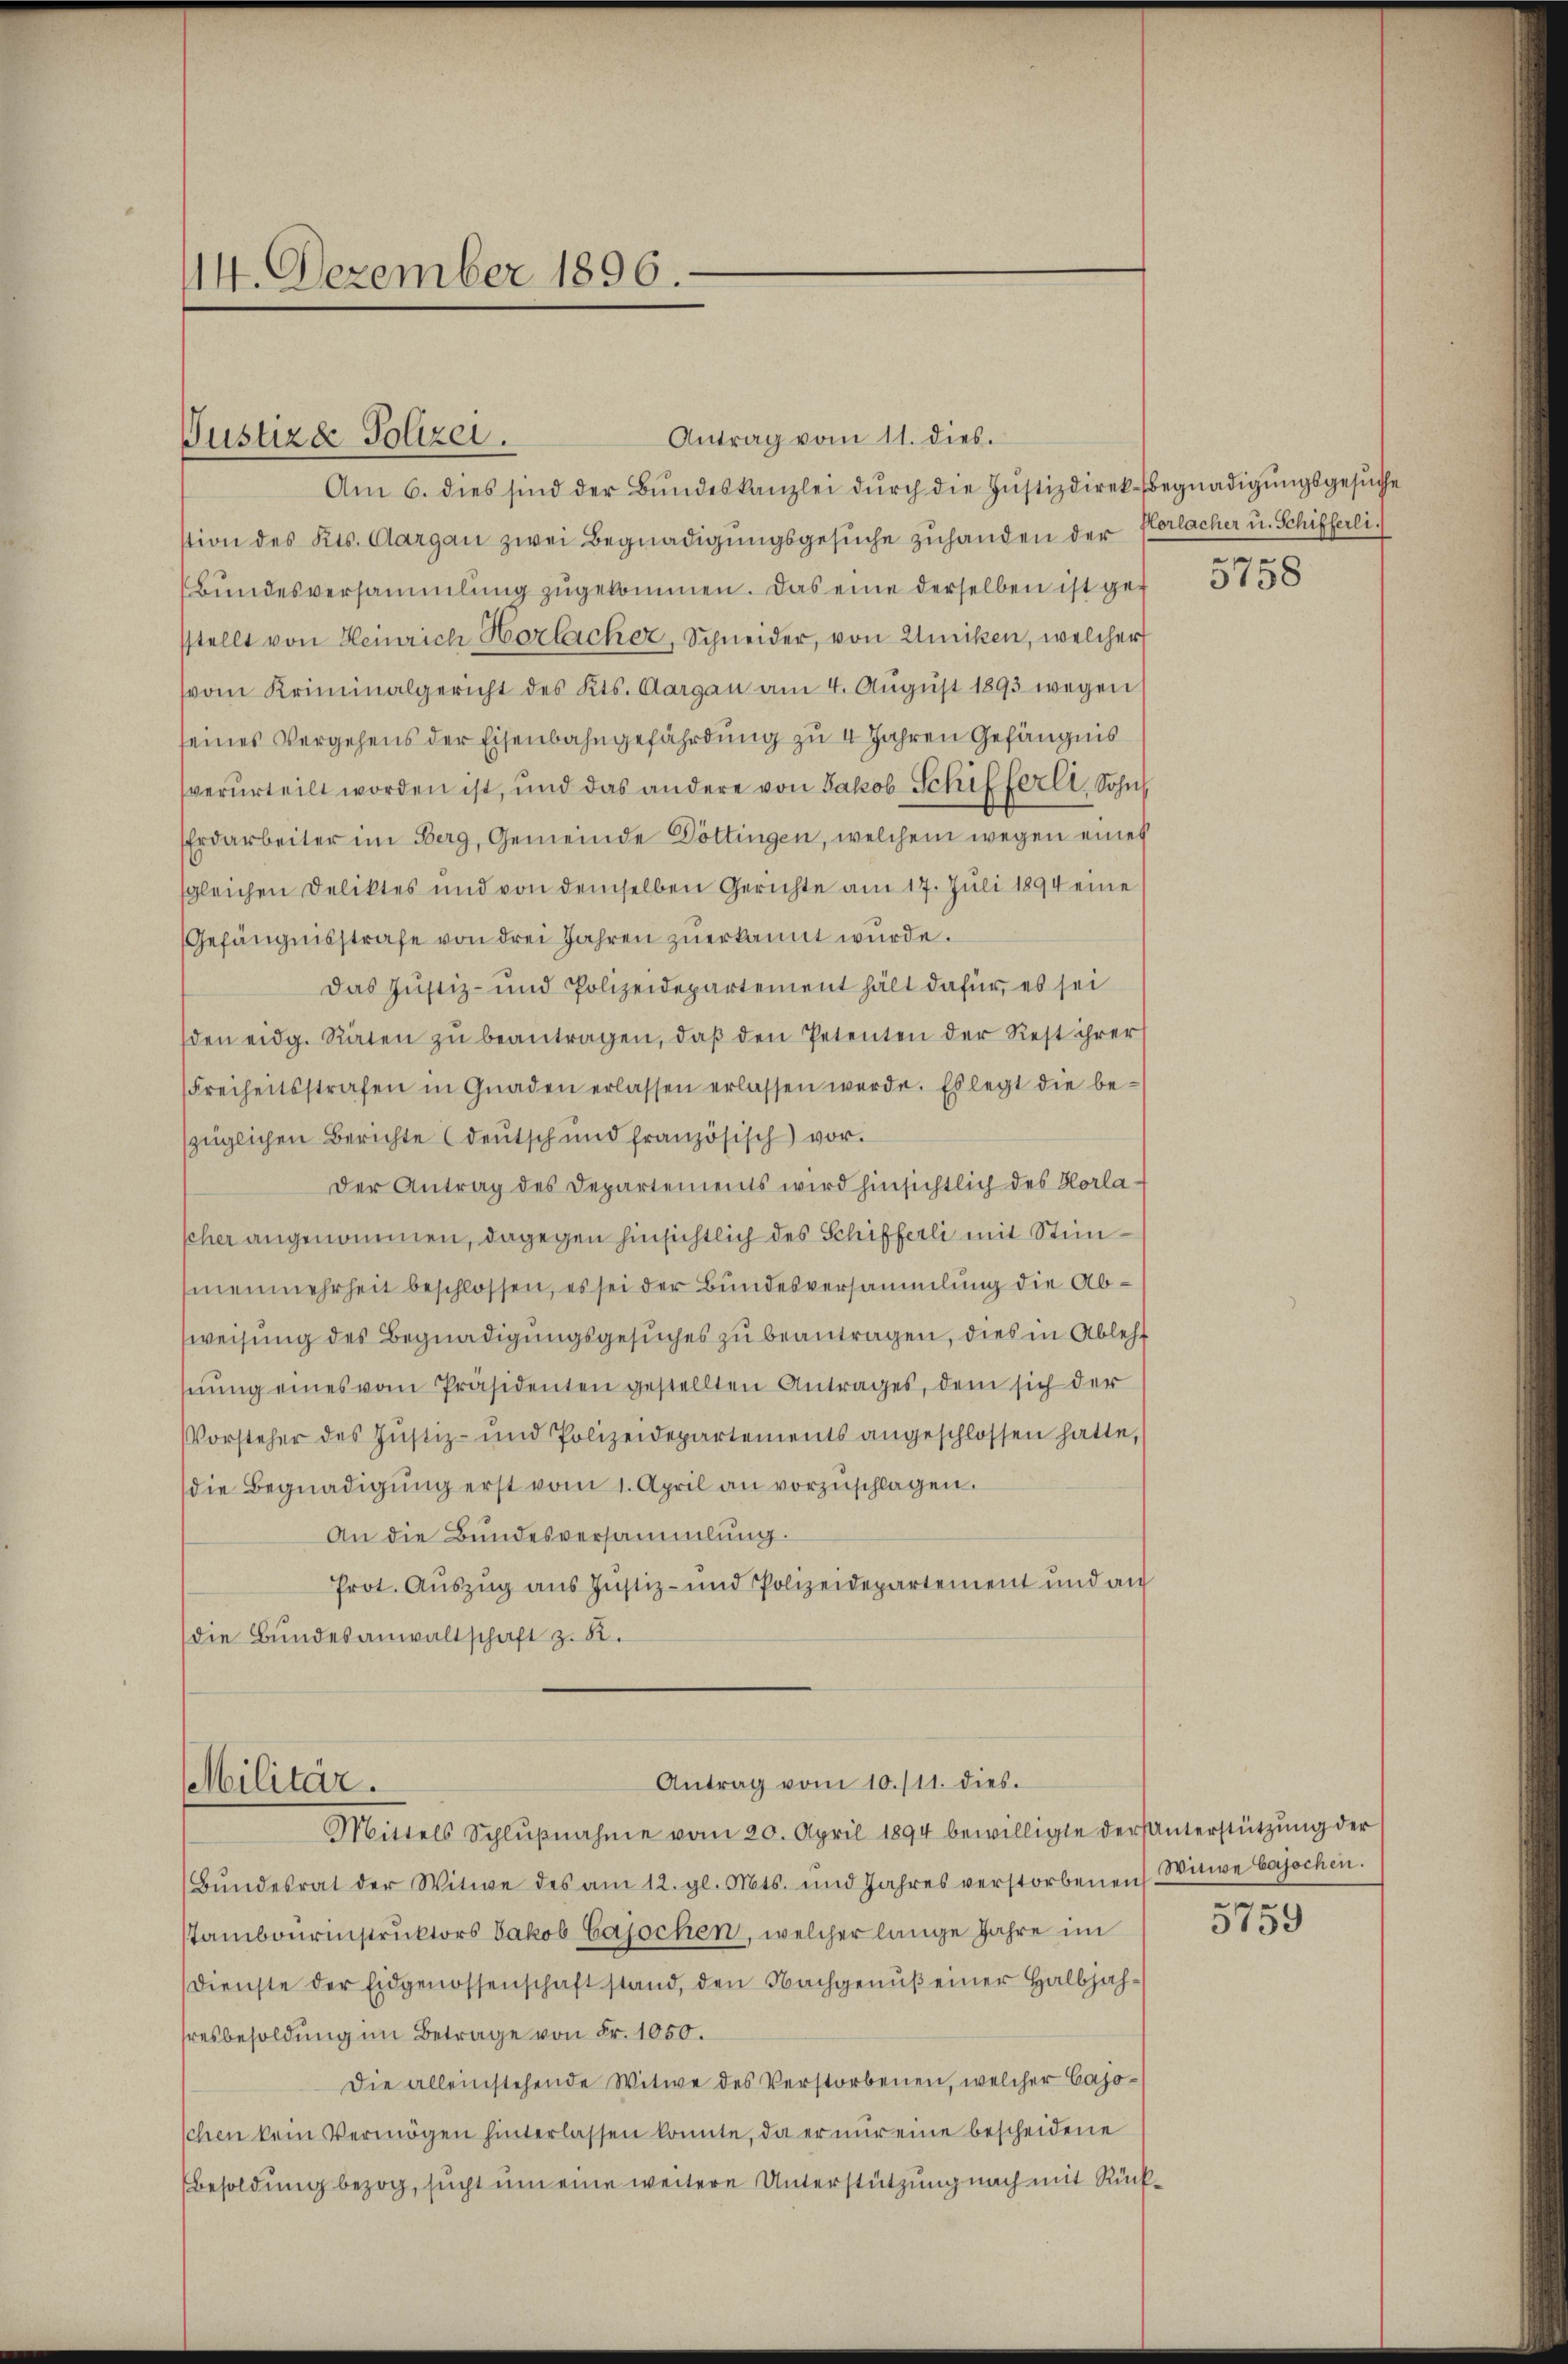
14. Dezember 1896.

Antrag vom 11. dies.
Am 6. dies sind der Bŭndeskanzlei dŭrch die Justizdirek-Begnadigŭngsgesŭche
stion des Kts. Aargau zwei Begnadigungsgesuche zuhanden der
Bŭndesversammlung zŭgekommen. Das eine derselben ist get
sstellt von Heinrich Horlacher, Schneider, von Winiken, welcher
(vom Kriminalgericht des Kts. Aargau am 4. Aŭgŭst 1893 wegen
seines Vergehens der Eisenbahngefährdung zu 4 Jahren Gefängnis
verurteilt worden ist, und das andere von Jakob Schifferli, Sohn
Erdarbeiter im Berg, Gemeinde Döttingen, welchem wegen eines
sgleichen Deliktes und von demselben Gerichte am 17. Juli 1894 eine
Gefängnisstrafe von drei Jahren zuerkannt wurde.
Das Justiz- und Polizeidepartement hält dafür, es sei
den eidg. Räten zŭ beantragen, daβ den Petenten der Rest ihrer
Freiheitsstrafen in Gnaden erlassen erlassen werde. Es legt die be-
züglichen Berichte (deutsch und französisch vor.
Der Antrag des Departements wird hinsichtlich des Horla
scher angenommen, dagegen hinsichtlich des Schifferli mit Stimmenmehrheit beschlossen, es sei der Bundesversammlung die Absweisung des Begnadigungsgesuches zu beantragen, dies in Ableht
sŭng eines vom Präsidenten gestellten Antrages, dem sich der
VVorsteher des Justiz- und Polizeidepartements angeschlossen hatte,
die Begnadigŭng erst vom 1. April an vorzŭschlagen.
An die Bundesversammlung.
Prot. Auszug aus Justiz- und Polizeidepartement und an
die Bundesanwaltschaft z. 82.

Justizde Polizei.

Antrag vom 10./11. dies.
Militär.
Müttels Schlŭβnahme vom 20. April 1894 bewilligte dersanterstützŭng der

Bŭndesrat der Witwe des am 12. gl. Mts. und Jahres verstorbenen Witwe Bajochen.
stambourinstruktors Jakob Cajochen, welcher lange Jahre im
Dienste der Eidgenossenschaft stand, den Nachgenuß einer Halbjahhresbesoldung im Betrage von Fr. 1050.
Die alleinstehende Witwe des Verstorbenen, welcher Cajoschen kein Vermögen hinterlassen konnte, da er nur eine bescheidene
Besoldung bezog, sucht um eine weitere Unterstützung nach mit Rück¬

Plorlacher u. Schifferli.
e

0158

e

3159